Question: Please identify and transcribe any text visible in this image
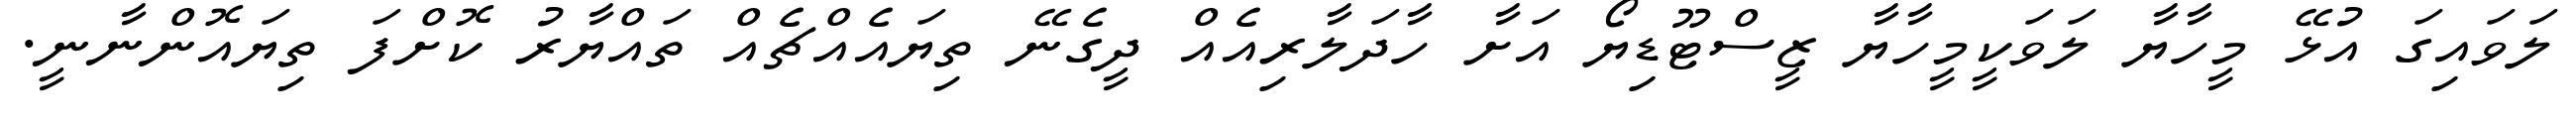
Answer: ލަވައިގަ އުޅޭ މީހާޔާ ލަވަކީމީހާޔާ ޒީސްޓޫޑިޔޯ އަށާ ހާދަލާރިއެއް ދީގެނޭ ތިޔައެއްޗެއް ތައްޔާރު ކޮށްފަ ތިޔައޮންނާނީ.